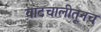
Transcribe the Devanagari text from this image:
वाटचालीतूनच